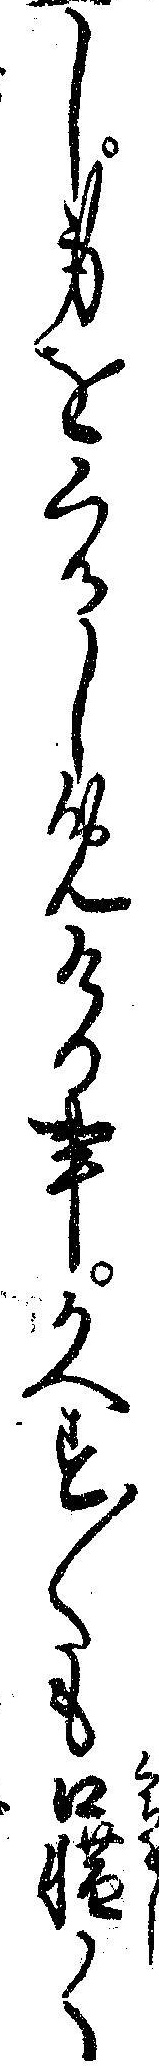
し身をくるしめける事かへす〱も口惜く